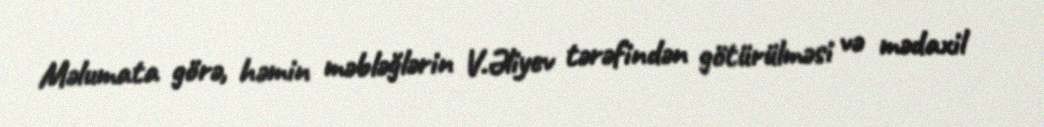
Məlumata görə, həmin məbləğlərin V.Əliyev tərəfindən götürülməsi və mədaxil